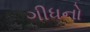
ગીધનો